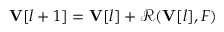
\mathbf { V } [ l + 1 ] = \mathbf { V } [ l ] + \mathcal { R } ( \mathbf { V } [ l ] , F )